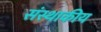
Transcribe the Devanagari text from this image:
संस्थाकीय